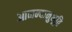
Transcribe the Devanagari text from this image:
आनन्‍दानुभूति